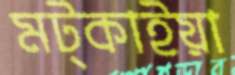
মট্কাইয়া